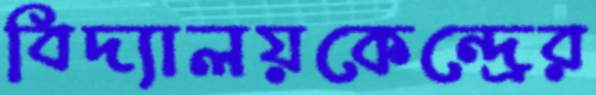
বিদ্যালয়কেন্দ্রের